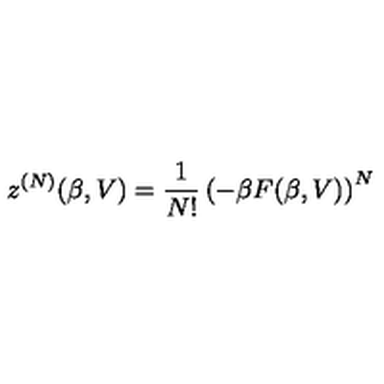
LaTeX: z ^ { ( N ) } ( \beta , V ) = \frac { 1 } { N ! } \left( - \beta F ( \beta , V ) \right) ^ { N }